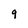
Character: 9